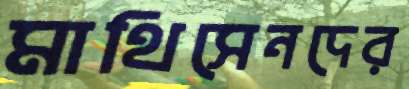
মাথিসেনদের